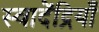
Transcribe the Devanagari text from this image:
स्वादेंद्रियाँ